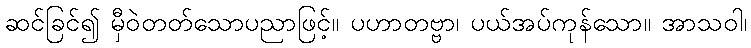
ဆင်ခြင်၍ မှီဝဲတတ်သောပညာဖြင့်။ ပဟာတဗ္ဗာ၊ ပယ်အပ်ကုန်သော။ အာသဝါ၊